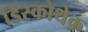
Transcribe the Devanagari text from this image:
डिस्कोथेक़